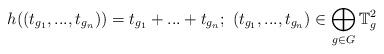
LaTeX: \begin{align*}h((t_{g_1}, ..., t_{g_n})) = t_{g_1} + ... + t_{g_n}; \ (t_{g_1}, ..., t_{g_n}) \in \bigoplus_{g \in G} \mathbb{T}^2_g\end{align*}